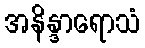
အနိန္ဒာရောသံ